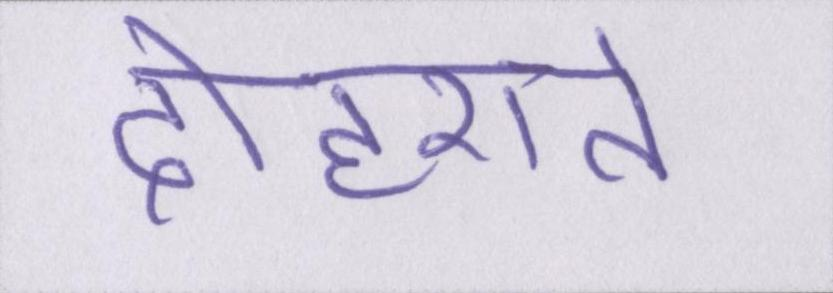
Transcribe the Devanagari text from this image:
दोहराते